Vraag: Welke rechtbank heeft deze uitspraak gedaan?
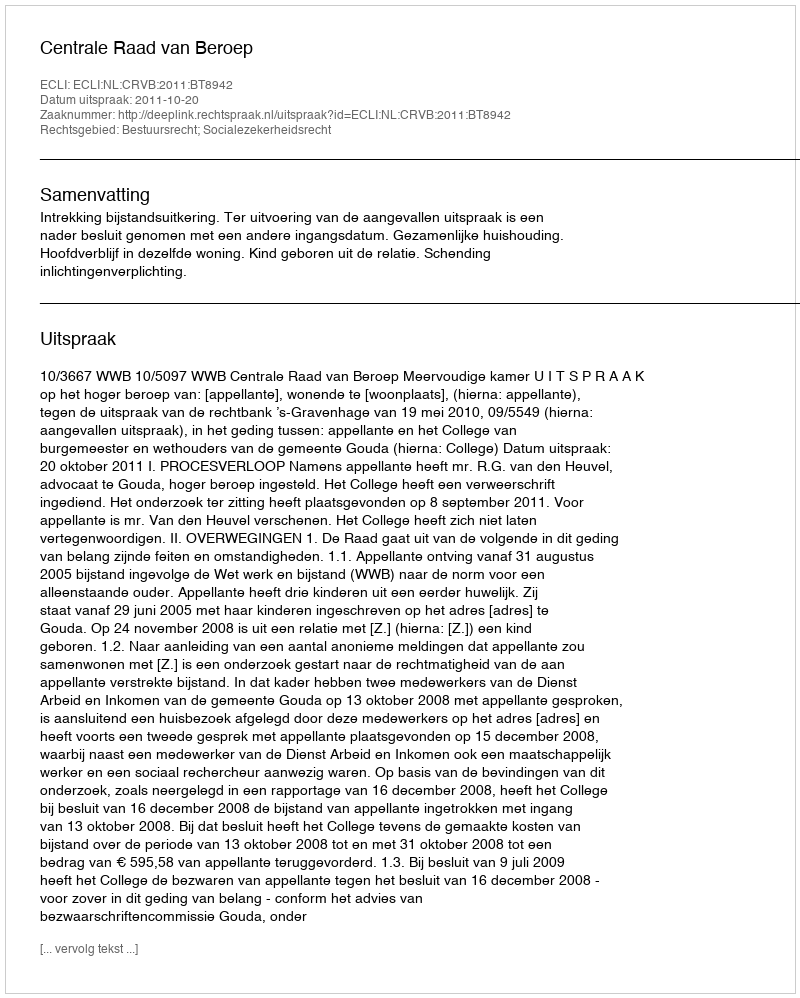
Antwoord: Centrale Raad van Beroep